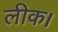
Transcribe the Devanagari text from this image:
लीक।